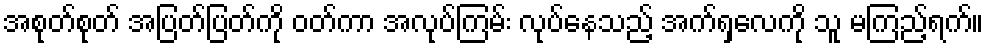
အစုတ်စုတ် အပြတ်ပြတ်ကို ဝတ်ကာ အလုပ်ကြမ်း လုပ်နေသည့် အက်ရှလေကို သူ မကြည့်ရက်။